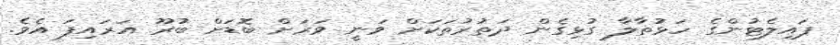
ޕައިލެޓުންގެ ހަޅުތާލާ ގުޅިގެން ދަތުރުތަކަށް ވަނީ ވަރަށް ބޮޑަށް ބުރޫ އަރައިފަ އެވެ.